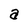
Character: a